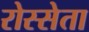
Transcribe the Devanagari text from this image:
रोस्सेता